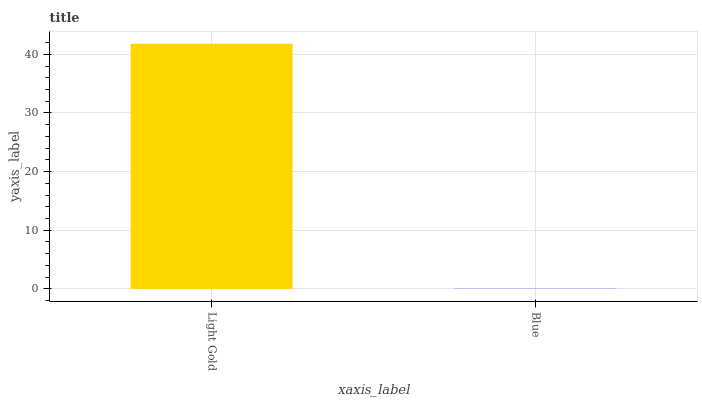
| xaxis_label | bars |
 | --- | --- |
 | Light Gold | 41.8 |
 | Blue | 0.0281 |